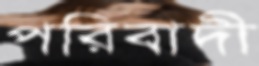
পরিবাদী